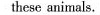
these animals.